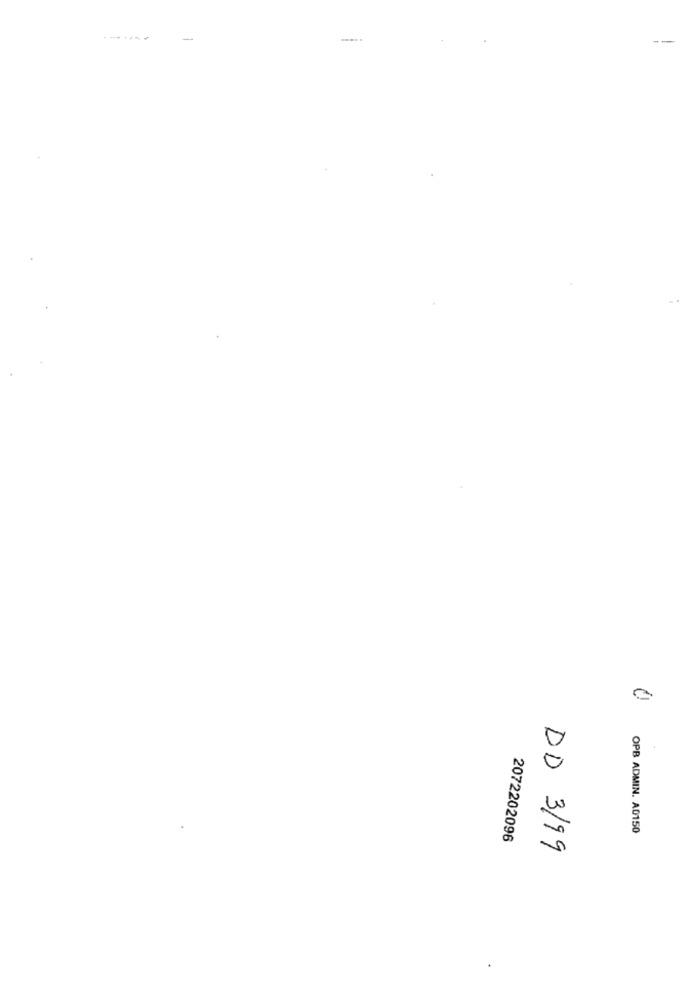
------
OPB ADMIN. A0150
2072202096
DD 3/99